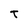
Character: T